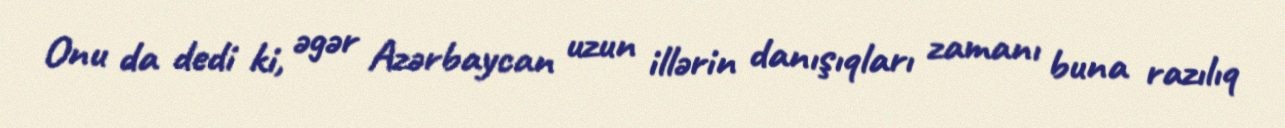
Onu da dedi ki, əgər Azərbaycan uzun illərin danışıqları zamanı buna razılıq